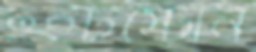
হুইটস্টোন